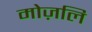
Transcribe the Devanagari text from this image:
मोज़लि